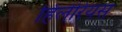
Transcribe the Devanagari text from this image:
हिलेरियस